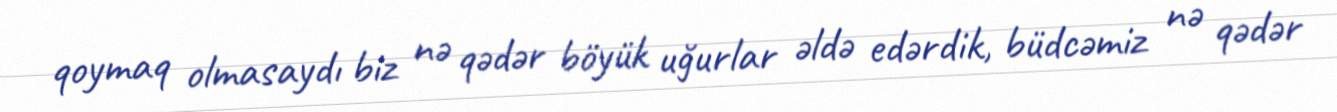
qoymaq olmasaydı biz nə qədər böyük uğurlar əldə edərdik, büdcəmiz nə qədər